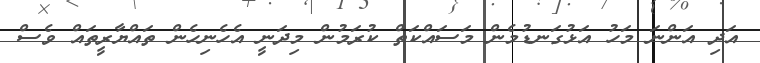
އަދި އަންނަ މަހު އަޅުގަނޑުމެން މަސައްކަތް ކުރަމުން މިދަނީ އެހެނިހެން ތައްޔާރީތައް ވެސް